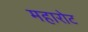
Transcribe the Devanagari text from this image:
महारोट